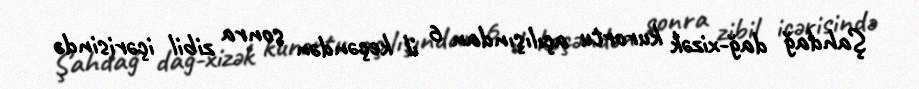
Şahdağ dağ-xizək kurortu açılışından 6 il keçəndən sonra zibil içərisində